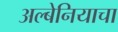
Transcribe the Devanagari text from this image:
अल्बेनियाचा